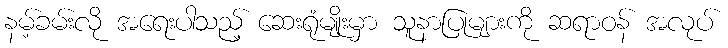
နမ့်ခမ်းလို အရေးပါသည့် ဆေးရုံမျိုးမှာ သူနာပြုများကို ဆရာဝန် အလုပ်